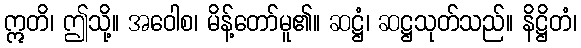
ဣတိ၊ ဤသို့။ အဝေါစ၊ မိန့်တော်မူ၏။ ဆဋ္ဌံ၊ ဆဋ္ဌသုတ်သည်။ နိဋ္ဌိတံ၊